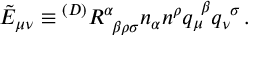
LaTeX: \tilde { E } _ { \mu \nu } \equiv { } ^ { ( D ) } R _ { ~ \beta \rho \sigma } ^ { \alpha } n _ { \alpha } n ^ { \rho } q _ { \mu } ^ { ~ \beta } q _ { \nu } ^ { ~ \sigma } \, .